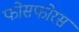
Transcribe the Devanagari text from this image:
फोसफोरस